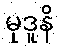
မုဒူနိ